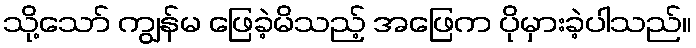
သို့သော် ကျွန်မ ဖြေခဲ့မိသည့် အဖြေက ပိုမှားခဲ့ပါသည်။